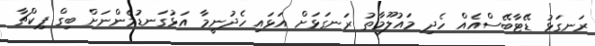
ރަނގަޅު ޑޭޓާބޭސްއެއް ހެދި މައުލޫމާތު ރަނގަޅަށް އަޅައި ހެދުނީމާ އަޅުގަނޑުމެންނަށް ބިގް ޕިކްޗާ